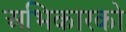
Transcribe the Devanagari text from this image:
अभिकारको